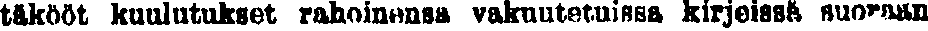
täkööt kuulutukset rahoinensa vakuutetuissa kirjeissä suoraan